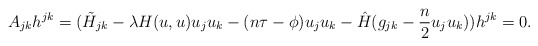
\begin{align*}A_{jk}h^{jk}=({\tilde H}_{jk}-\lambda H(u,u)u_ju_k-(n\tau-\phi)u_ju_k-\hat{H}(g_{jk}-\frac{n}{2}u_j u_k))h^{jk}=0.\end{align*}